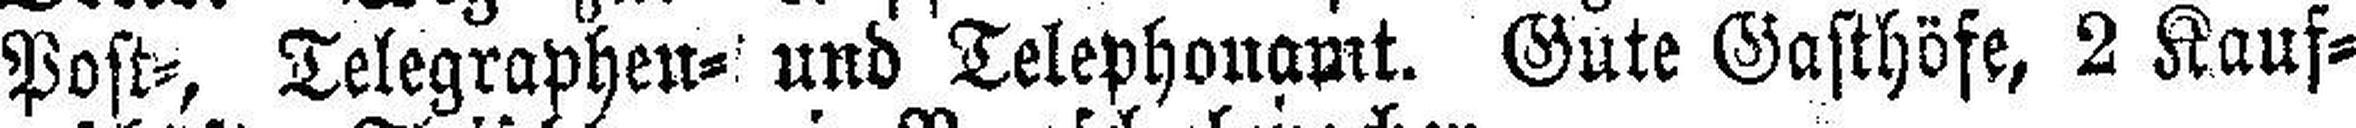
Post-, Telegraphen- und Telephonamt. Güte Gasthöft, 2 Kauf¬